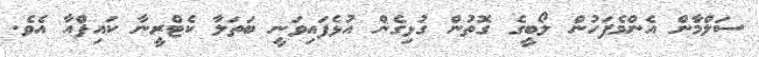
ސަލްމާން އެންމެފަހުން ލޯބީގެ ގޮތުން ގުޅިގެން އުޅެފައިވަނީ ބަތަލާ ކެޓްރީނާ ކައިފްއާ އެވެ.